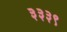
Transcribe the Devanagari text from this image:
३३३९